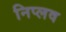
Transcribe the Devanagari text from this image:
निप्लव